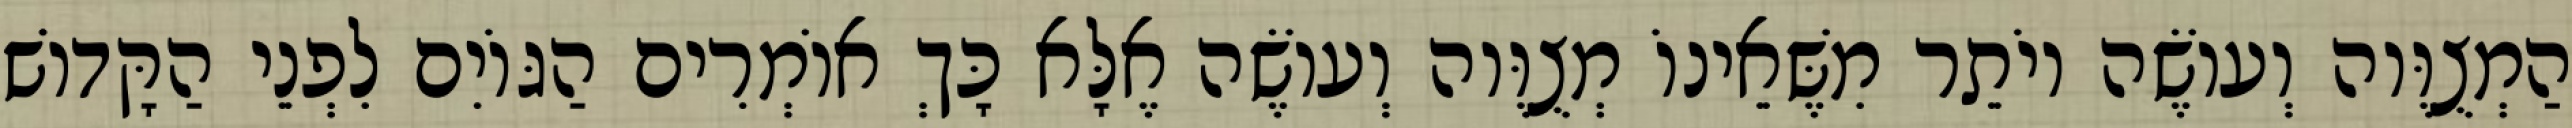
הַמְצֻוֶּוה וְעוֹשֶׂה יוֹתֵר מִשֶּׁאֵינוֹ מְצֻוֶּוה וְעוֹשֶׂה אֶלָּא כָּךְ אוֹמְרִים הַגּוֹיִם לִפְנֵי הַקָּדוֹשׁ